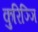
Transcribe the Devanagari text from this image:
कुरिञ्ञि